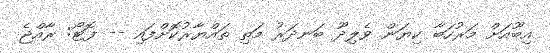
އިބޫއަށް މަރުހަބާ ކިޔަން ވެލިދޫ ބަނދަރު މަތި ތައްޔާރުކޮށްފައި -- ފޮޓޯ: ރާއްޖެ